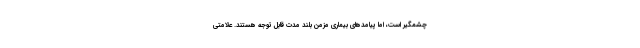
چشمگیر است، اما پیامدهای بیماری مزمن بلند مدت قابل توجه هستند. علامتی